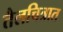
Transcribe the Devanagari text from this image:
तैलचित्रात